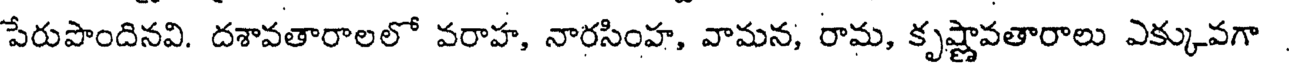
పేరుపొందినవి. దశావతారాలలో వరాహ, నారసింహ, వామన, రామ, కృష్ణావతారాలు ఎక్కువగా